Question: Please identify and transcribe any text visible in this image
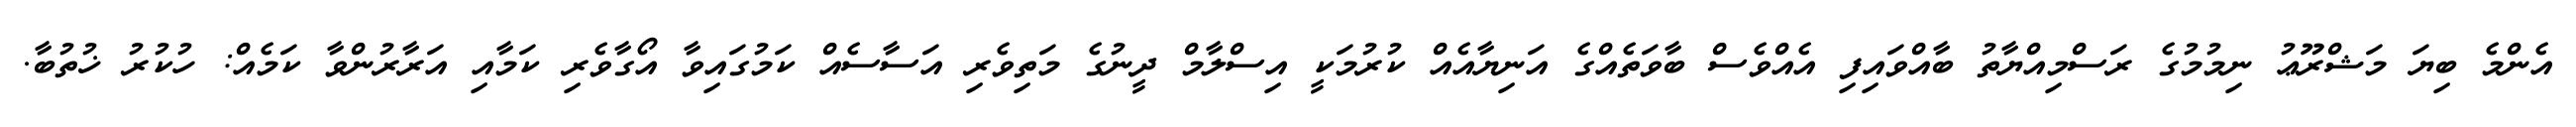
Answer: އެންމެ ބިޔަ މަޝްރޫޢު ނިމުމުގެ ރަސްމިއްޔާތު ބާއްވައިފި އެއްވެސް ބާވަތެއްގެ އަނިޔާއެއް ކުރުމަކީ އިސްލާމް ދީނުގެ މަތިވެރި އަސާސެއް ކަމުގައިވާ އޯގާވެރި ކަމާއި އަރާރުންވާ ކަމެއް: ހުކުރު ޚުތުބާ.